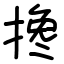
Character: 搀